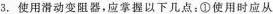
3.使用滑动变阻器，应掌握以下几点：①使用时应从